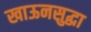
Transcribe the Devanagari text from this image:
खाऊनसुद्धा